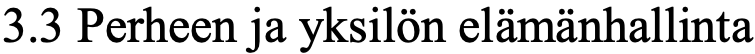
3.3 Perheen ja yksilön elämänhallinta